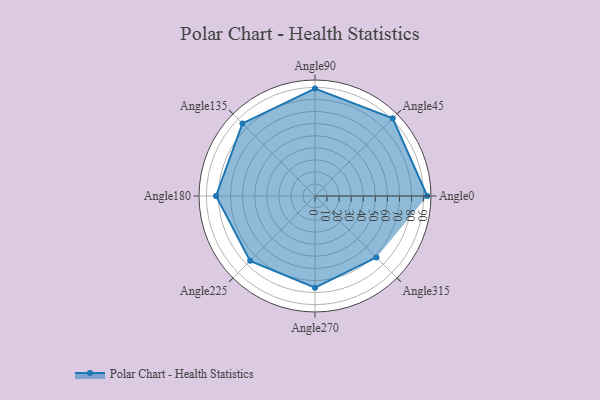
{"axis": {"x": "Angle", "y": "Radius"}, "legend": [""], "data": [{"x": "Angle0", "y": 93.0, "type": ""}, {"x": "Angle45", "y": 91.0, "type": ""}, {"x": "Angle90", "y": 89.0, "type": ""}, {"x": "Angle135", "y": 85.0, "type": ""}, {"x": "Angle180", "y": 82.0, "type": ""}, {"x": "Angle225", "y": 76.0, "type": ""}, {"x": "Angle270", "y": 76.0, "type": ""}, {"x": "Angle315", "y": 72.0, "type": ""}]}